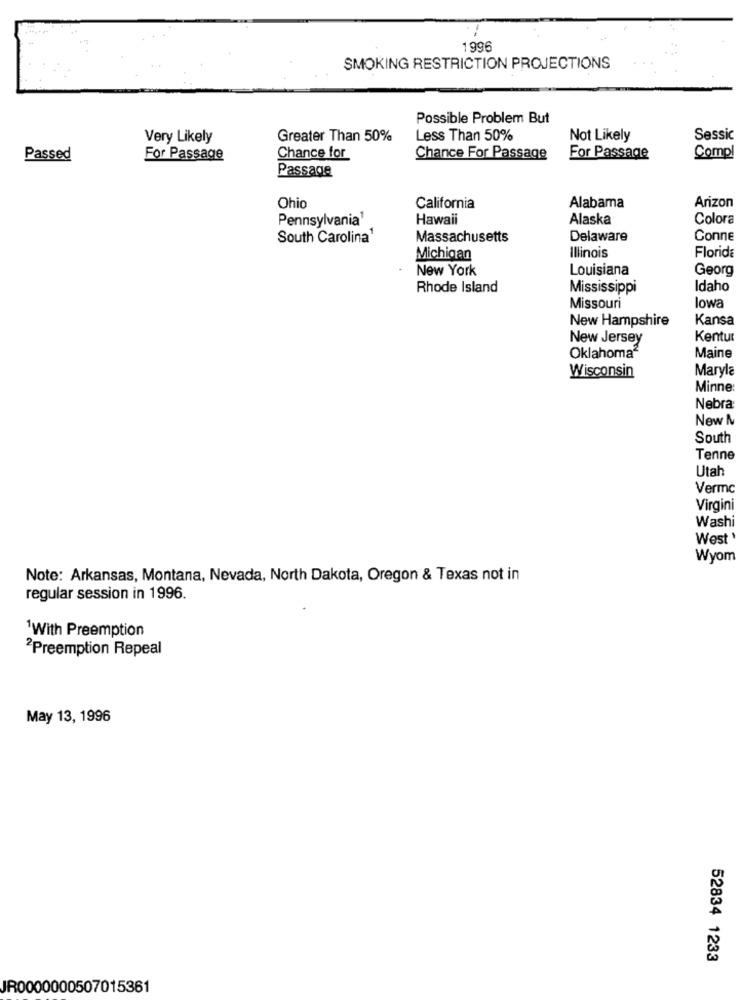
1996
SMOKING RESTRICTION PROJECTIONS
Possible Problem But
Very Likely
Greater Than 50%
Less Than 50%
Not Likely
Sessic
Compl
Passed
For Passage
Chance for
Chance For Passage
For Passage
Passage
Arizon
Ohio
California
Alabama
Pennsylvania1
Hawaii
Alaska
Colora
South Carolina1
Massachusetts
Delaware
Conne
Michigan
Illinois
Florida
New York
Louisiana
Georg
Rhode Island
Mississippi
Idaho
Missouri
lowa
Kansa
New Hampshire
New Jersey
Kentur
Oklahoma2
Maine
Maryla
Wisconsin
Minne:
Nebra
Now &
South
Tenne
Utah
Vermc
Virgini
Washi
West'
Wyom
Note: Arkansas, Montana, Nevada, North Dakota, Oregon & Texas not in
regular session in 1996.
1With Preemption
2Preemption Repeal
May 13, 1996
52834 1233
JR0000000507015361